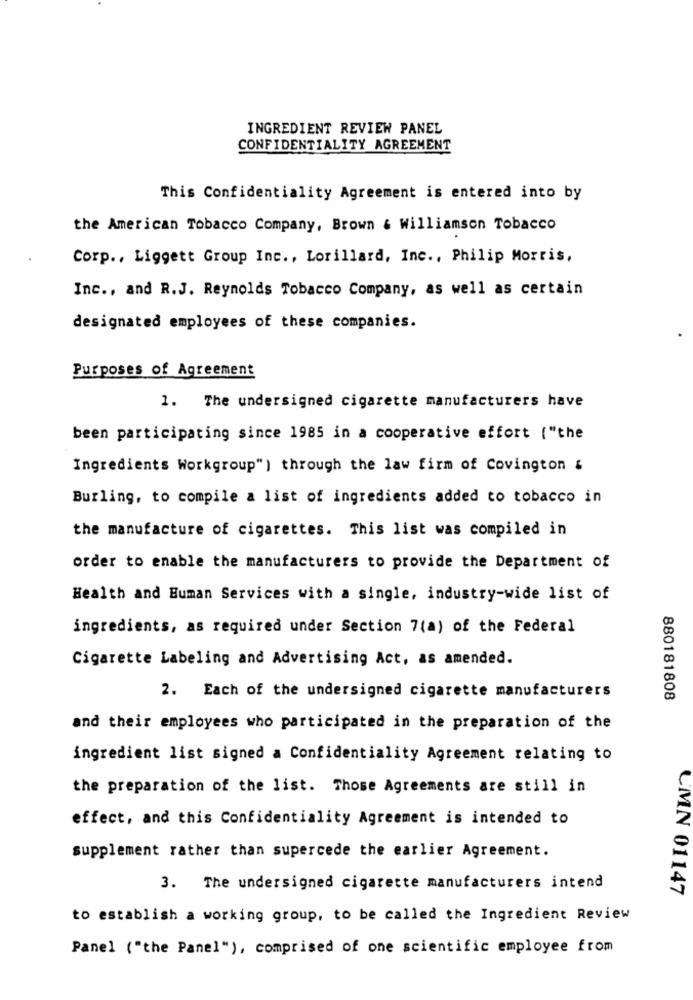
INGREDIENT REVIEW PANEL
CONFIDENTIALITY AGREEMENT
This Confidentiality Agreement is entered into by
the American Tobacco Company, Brown & Williamson Tobacco
Corp ., Liggett Group Inc ., Lorillard, Inc ., Philip Morris,
Inc ., and R.J. Reynolds Tobacco Company, as well as certain
designated employees of these companies.
Purposes of Agreement
1. The undersigned cigarette manufacturers have
been participating since 1985 in a cooperative effort ("the
Ingredients Workgroup" ) through the law firm of Covington &
Burling, to compile a list of ingredients added to tobacco in
the manufacture of cigarettes. This list was compiled in
order to enable the manufacturers to provide the Department of
Health and Human Services with a single, industry-wide list of
ingredients, as required under Section 7(a) of the Federal
Cigarette Labeling and Advertising Act, as amended.
2. Each of the undersigned cigarette manufacturers
880181808
and their employees who participated in the preparation of the
ingredient list signed a Confidentiality Agreement relating to
the preparation of the list. Those Agreements are still in
effect, and this Confidentiality Agreement is intended to
supplement rather than supercede the earlier Agreement.
3. The undersigned cigarette manufacturers intend
CMN 01147
to establish a working group, to be called the Ingredient Review
Panel ("the Panel"), comprised of one scientific employee from